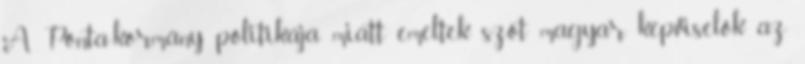
A Ponta-kormány politikája miatt emeltek szót magyar képviselők az